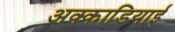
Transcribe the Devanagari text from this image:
अक्काडियाई